Annual report of lunatic asylums [Bombay] - 1912-1922
Year: 1912
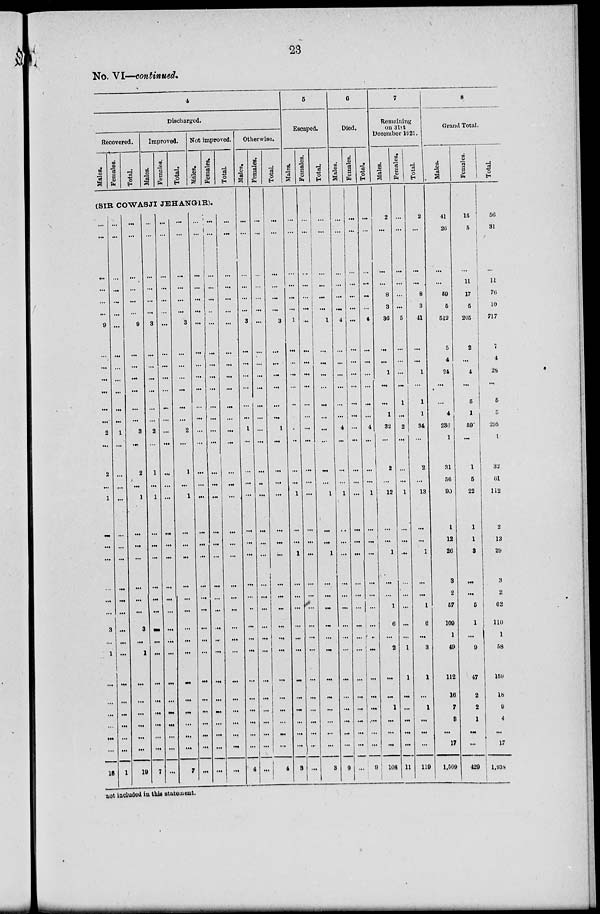
23
No. VI—continued.
4
Discharged.
Recovered.
Males.
Females.
Total.
Improved.
Males.
Females.
Total.
Not improved.
Males.
Females.
Total.
(SIB COWASJI JEHANGIR).
...
...
...
...
...
...
9
...
...
...
...
...
...
2
...
2
...
1
...
...
...
...
...
...
3
...
1
...
...
...
...
...
...
18
...
...
...
...
...
...
...
...
...
...
...
...
...
1
...
...
...
...
...
...
...
...
...
...
...
...
...
...
...
...
...
...
...
1
...
...
...
...
...
...
9
...
...
...
...
...
...
3
...
2
...
1
...
...
...
...
...
...
3
...
1
...
...
...
...
...
...
19
...
...
...
...
...
...
3
...
...
...
...
...
...
2
...
1
...
1
...
...
...
...
...
...
...
...
...
...
...
...
...
...
...
7
...
...
...
...
...
...
...
...
...
...
...
...
...
...
...
...
...
...
...
...
...
...
...
...
...
...
...
...
...
...
...
...
...
...
...
...
...
...
...
...
3
...
...
...
...
...
...
2
...
1
...
1
...
...
...
...
...
...
...
...
...
...
...
...
...
...
...
7
...
...
...
...
...
...
...
...
...
...
...
...
...
...
...
...
...
...
...
...
...
...
...
...
...
...
...
...
...
...
...
...
...
...
...
...
...
...
...
...
...
...
...
...
...
...
...
...
...
...
...
...
...
...
...
...
...
...
...
...
...
...
...
...
...
...
...
...
...
...
...
...
...
...
...
...
...
...
...
...
...
...
...
...
...
...
...
...
...
...
...
...
...
...
...
...
...
...
...
...
...
...
Otherwise.
Males.
...
...
...
...
...
...
3
...
...
...
...
...
...
1
...
...
...
...
...
...
...
...
...
..
...
...
...
...
...
...
...
...
...
4
Females.
...
...
...
...
...
...
...
...
...
...
...
...
...
...
...
...
...
...
...
...
...
...
...
...
...
...
...
...
...
...
...
...
...
...
Total.
...
...
...
...
...
...
3
...
...
...
...
...
...
1
...
...
...
...
...
...
...
...
...
...
...
...
...
...
...
...
...
...
...
4
5
Escaped.
Males.
...
...
...
...
...
...
1
...
...
...
...
...
...
...
..
...
...
1
...
...
1
...
...
...
...
...
...
...
...
...
...
...
...
3
Females.
...
...
...
...
...
...
...
...
...
...
...
...
...
...
...
...
...
...
...
...
...
...
...
...
...
...
...
...
...
...
...
...
...
...
Total.
...
...
...
...
...
...
1
...
...
...
...
...
...
...
...
...
...
1
...
...
1
...
...
...
...
...
...
...
...
...
...
...
...
3
6
Died.
Males.
...
...
...
...
...
...
4
...
...
...
...
...
...
4
...
...
...
1
...
...
...
...
...
...
...
...
...
...
...
...
...
...
...
9
Females.
...
...
...
...
...
...
...
...
...
...
...
...
...
...
...
...
...
...
...
...
...
...
...
...
...
...
...
...
...
...
...
...
...
...
Total.
...
...
...
...
...
...
4
...
...
...
...
...
...
4
...
...
...
1
...
...
...
...
...
...
...
...
...
...
...
...
...
...
...
9
7
Remaining
on 31st
December 1921.
Males.
2
...
...
...
8
3
36
...
...
1
...
...
1
32
...
2
...
12
...
...
1
...
...
1
6
...
2
...
...
1
...
...
...
108
Females.
...
...
...
...
...
...
5
...
...
...
...
1
...
2
...
...
...
1
...
...
...
...
...
...
...
...
1
1
...
...
...
...
...
11
Total.
2
...
...
...
8
3
41
...
...
1
...
1
1
34
...
2
...
13
...
...
1
...
...
1
6
...
3
1
...
1
...
...
...
119
8
Grand Total.
Males.
41
26
...
...
59
5
512
5
4
24
...
...
4
236
1
31
56
90
1
12
26
3
2
57
109
1
49
112
16
7
3
...
17
1,509
Females.
15
5
...
11
17
5
205
2
...
4
...
5
1
59
...
1
5
22
1
1
3
...
...
5
1
...
9
47
2
2
1
...
...
429
Total.
56
31
...
11
76
10
717
7
4
28
...
5
5
295
1
32
61
112
2
13
29
3
2
62
110
1
58
159
18
9
4
...
17
1,938
not included in this statement.